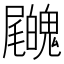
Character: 𡳺